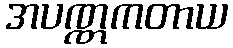
အပဏ္ဏကတာယ